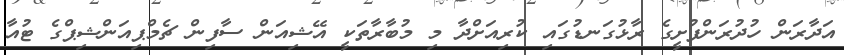
އަދާރަން ހުދުރަންފުށީގެ ރާޅުގަނޑުގައި ކުރިއަށްދާ މި މުބާރާތަކީ އޭޝިއަން ސާފިން ޗެމްޕިއަންޝިޕްގެ ޓުއާ